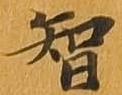
智